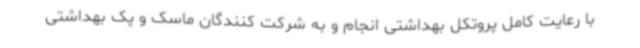
با رعایت کامل پروتکل بهداشتی انجام و به شرکت کنندگان ماسک و پک بهداشتی